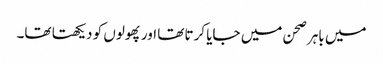
میں باہر صحن میں جایا کرتا تھا اور پھولوں کو دیکھتا تھا۔